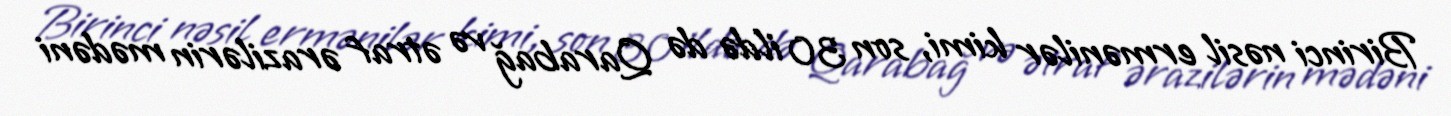
Birinci nəsil ermənilər kimi, son 30 ildə də Qarabağ və ətraf ərazilərin mədəni